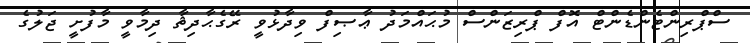
ސްޕްރިންޓެންޑެންޓް އޮފް ޕްރިޒަންސް މުޙައްމަދު ޢާޞިފް ވިދާޅުވީ ރޭގެޙާދިޘާ ދިމާވީ މާފުށީ ޖަލުގެ